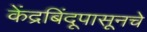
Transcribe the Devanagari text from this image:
केंद्रबिंदूपासूनचे